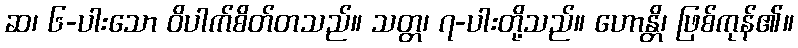
ဆ၊ ၆-ပါးသော ဝိပါက်စိတ်တသည်။ သတ္တ၊ ၇-ပါးတို့သည်။ ဟောန္တိ၊ ဖြစ်ကုန်၏။